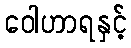
ဝေါဟာရနှင့်